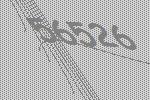
56526